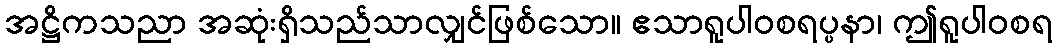
အဋ္ဌိကသညာ အဆုံးရှိသည်သာလျှင်ဖြစ်သော။ ဧသာရူပါဝစရပ္ပနာ၊ ဤရူပါဝစရ